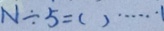
N \div 5 = ( ) \cdots 1